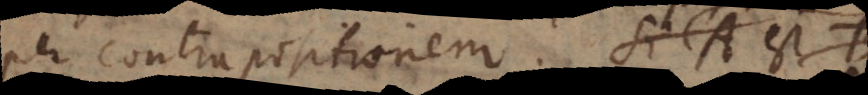
per contrapositionem: Si falsum est C